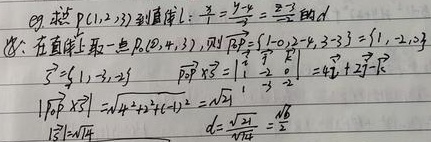
eg. 求点\(P(1,2,3)\)到直线\(L:\frac{x}{1}=\frac{y - 4}{2}=\frac{z - 3}{2}\)的\(d\)。在直线上取一点\(Q(0,4,3)\)，则\(\overrightarrow{PQ}=(1 - 0,2 - 4,3 - 3)=(1,-2,0)\)，\(\vec{s}=(1,2,2)\)，
\[
\overrightarrow{PQ}\times\vec{s}=\begin{vmatrix}
\vec{i}&\vec{j}&\vec{k}\\
1& - 2&0\\
1&2&2
\end{vmatrix}=-4\vec{i}-2\vec{j}+4\vec{k}
\]
\(\vert\overrightarrow{PQ}\times\vec{s}\vert=\sqrt{(-4)^{2}+(-2)^{2}+4^{2}} = 6\)，\(\vert\vec{s}\vert = 3\)，\(d = \frac{6}{3}=2\)